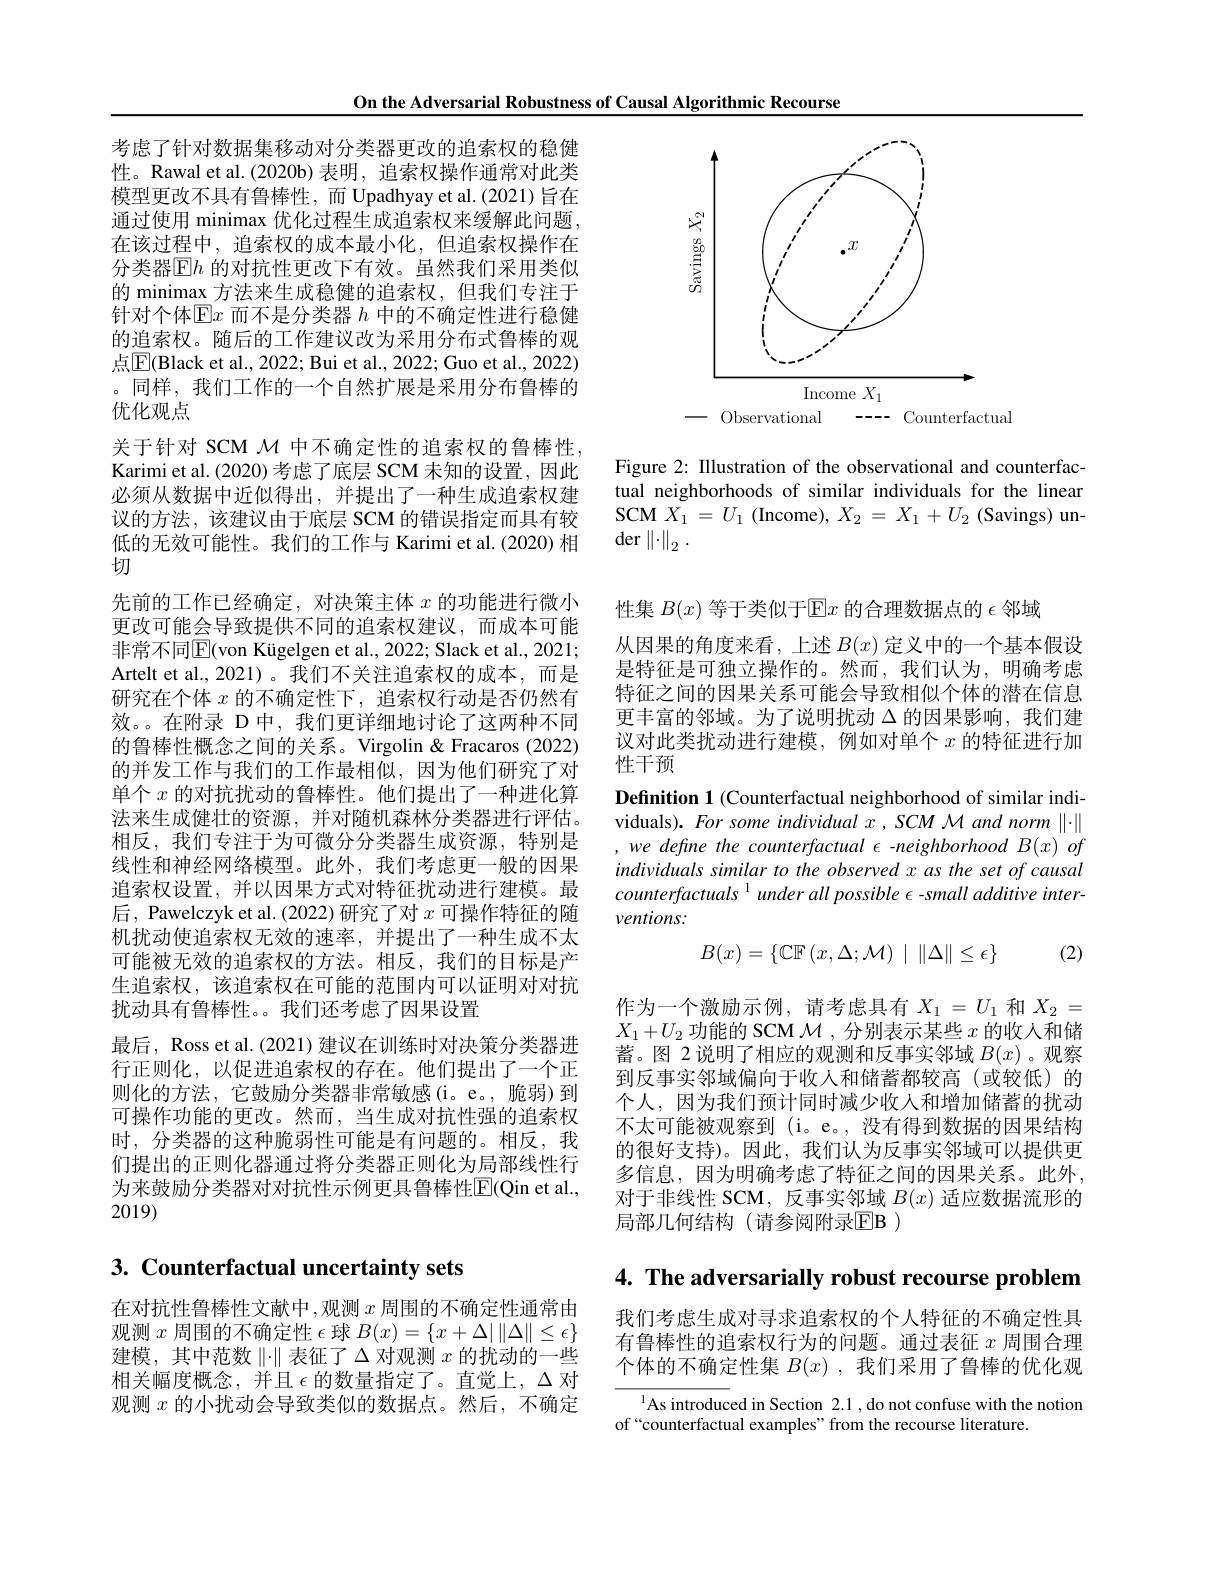
On the Adversarial Robustness of Causal Algorithmic Recourse

考虑了针对数据集移动对分类器更改的追索权的稳健性。Rawal et al.(2020b)表明，追索权操作通常对此类模型更改不具有鲁棒性，而 Upadhyay et al.(2021) 旨在通过使用 minimax 优化过程生成追索权来缓解此问题， 在该过程中，追索权的成本最小化，但追索权操作在分类器$\operatorname{E}h$ 的对抗性更改下有效。虽然我们采用类似的 minimax 方法来生成稳健的追索权，但我们专注于针对个体$\mathbb{E}x$而不是分类器$h$中的不确定性进行稳健的追索权。随后的工作建议改为采用分布式鲁棒的观点$\boxed{\mathrm{E}}($Black et al., 2022; Bui et al., 2022; Guo et al., 2022) 。同样，我们工作的一个自然扩展是采用分布鲁棒的优化观点
关于针对 SCM $\mathcal{M}$中不确定性的追索权的鲁棒性。Karimi et al. (2020) 考虑了底层 SCM 未知的设置，因此必须从数据中近似得出，并提出了一种生成追索权建议的方法，该建议由于底层 SCM 的错误指定而具有较低的无效可能性。我们的工作与 Karimi et al.(2020) 相切
先前的工作已经确定，对决策主体$x$的功能进行微小更改可能会导致提供不同的追索权建议，而成本可能非常不同$\mathbb{E}($von Kügelgen et al., 2022; Slack et al., 2021; Artelt et al.,2021)。我们不关注追索权的成本，而是研究在个体$x$的不确定性下，追索权行动是否仍然有效。。在附录 D 中，我们更详细地讨论了这两种不同的鲁棒性概念之间的关系。Virgolin&Fracaros (2022) 的并发工作与我们的工作最相似，因为他们研究了对单个$x$的对抗扰动的鲁棒性。他们提出了一种进化算法来生成健壮的资源，并对随机森林分类器进行评估。相反，我们专注于为可微分分类器生成资源，特别是线性和神经网络模型。此外，我们考虑更一般的因果追索权设置，并以因果方式对特征扰动进行建模。最后，Pawelczyk et al.(2022) 研究了对$x$可操作特征的随机扰动使追索权无效的速率，并提出了一种生成不太可能被无效的追索权的方法。相反，我们的目标是产生追索权，该追索权在可能的范围内可以证明对对抗扰动具有鲁棒性。。我们还考虑了因果设置
最后，Ross et al. (2021) 建议在训练时对决策分类器进行正则化，以促进追索权的存在。他们提出了一个正则化的方法，它鼓励分类器非常敏感(i。e。,脆弱)到可操作功能的更改。然而，当生成对抗性强的追索权时，分类器的这种脆弱性可能是有问题的。相反，我们提出的正则化器通过将分类器正则化为局部线性行为来鼓励分类器对对抗性示例更具鲁棒性$\mathbb{E}($Qin et al., 2019)

## 3. Counterfactual uncertainty sets

在对抗性鲁棒性文献中，观测 $x$ 周围的不确定性通常由观测$x$周围的不确定性$\epsilon$球$B(x)=\{x+\Delta|\|\Delta\|\leq\epsilon\}$ 建模，其中范数$\|\cdot\|$表征了$\Delta$对观测$x$的扰动的一些相关幅度概念，并且$\epsilon$的数量指定了。直觉上，$\Delta$ 对观测$x$的小扰动会导致类似的数据点。然后，不确定

<FigureHere>

Figure 2: IIlustration of the observational and counterfactual neighborhoods of similar individuals for the linear SCM $X_{1}= U_{1}$ (Income), $X_2=X_{1}+U_{2}$ (Savings) un- $\operatorname*{der}\left\|\cdot\right\|_2.$

议对此类扰动进行建模，例如对单个$x$的特征进行加
性干预

性集$B(x)$等于类似于E$x$的合理数据点的$\epsilon$邻域
从因果的角度来看，上述$B(x)$定义中的一个基本假设是特征是可独立操作的。然而，我们认为，明确考虑特征之间的因果关系可能会导致相似个体的潜在信息更丰富的邻域。为了说明扰动$\Delta$的因果影响，我们建Definition 1 (Counterfactual neighborhood of similar individuals). For some individual $x,SCM$ M and norm $\|\cdot\|$ , we define the counterfactual $\epsilon$ -neighborhood B(x) of individuals similar to the observed x as the set of causal $counterfactuals^{1}$ under all possible $\epsilon$ -small additive interventions:
$$B(x)=\{\mathbb{CF}\left(x,\Delta;\mathcal{M}\right)\:|\:\|\Delta\|\leq\epsilon\}$$
(2)

作为一个激励示例，请考虑具有$X_1=U_1$和$X_2=$ $X_1+U_2$功能的 SCM $\mathcal{M}$ ,分别表示某些$x$的收人和储蓄。图 2说明了相应的观测和反事实邻域$B(x)$ 。观察到反事实邻域偏向于收入和储蓄都较高(或较低)的个人，因为我们预计同时减少收入和增加储蓄的扰动不太可能被观察到 (i。e。, 没有得到数据的因果结构的很好支持)。因此，我们认为反事实邻域可以提供更多信息，因为明确考虑了特征之间的因果关系。此外， 对于非线性 SCM, 反事实邻域$B(x)$适应数据流形的局部几何结构(请参阅附录$\mathbb{E}$B )

4. The adversarially robust recourse problem

我们考虑生成对寻求追索权的个人特征的不确定性具有鲁棒性的追索权行为的问题。通过表征$x$周围合理个体的不确定性集$B(x)$ ,我们采用了鲁棒的优化观

$^{1}$As introduced in Section 2.1, do not confuse with the notion
of“counterfactual examples”from the recourse literature.